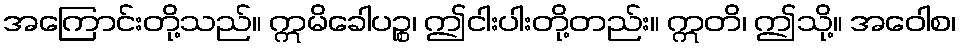
အကြောင်းတို့သည်။ ဣမိခေါပဉ္စ၊ ဤငါးပါးတို့တည်း။ ဣတိ၊ ဤသို့။ အဝေါစ၊